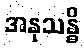
အနုသန္ဓိ